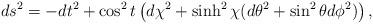
LaTeX: \begin{align*}ds^2 = - dt^2 + \cos^2t \left( d\chi^{2} + \sinh^2\chi (d\theta^2+\sin^{2}\theta d\phi^{2} ) \right),\end{align*}